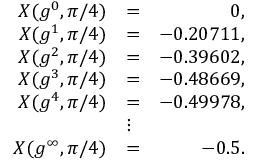
\begin{array} { r l r } { X ( g ^ { 0 } , \pi / 4 ) } & { = } & { 0 , } \\ { X ( g ^ { 1 } , \pi / 4 ) } & { = } & { - 0 . 2 0 7 1 1 , } \\ { X ( g ^ { 2 } , \pi / 4 ) } & { = } & { - 0 . 3 9 6 0 2 , } \\ { X ( g ^ { 3 } , \pi / 4 ) } & { = } & { - 0 . 4 8 6 6 9 , } \\ { X ( g ^ { 4 } , \pi / 4 ) } & { = } & { - 0 . 4 9 9 7 8 , } \\ & { \vdots } & \\ { X ( g ^ { \infty } , \pi / 4 ) } & { = } & { - 0 . 5 . } \end{array}